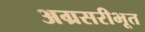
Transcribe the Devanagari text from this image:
अग्रसरीभूत